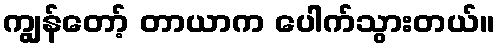
ကျွန်တော့် တာယာက ပေါက်သွားတယ်။